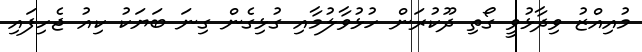
މުއިއްޒު ވިދާޅުވީ ގޯތި ދޫކުރަން ހުޅުވާލުމާއި ގުޅިގެން ގިނަ ބަޔަކު ކިއު ޖެހިފައި